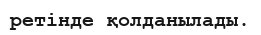
ретінде қолданылады.